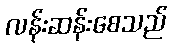
လန်းဆန်းစေသည်